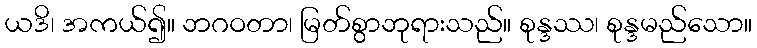
ယဒိ၊ အကယ်၍။ ဘဂဝတာ၊ မြတ်စွာဘုရားသည်။ စုန္ဒဿ၊ စုန္ဒမည်သော။